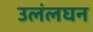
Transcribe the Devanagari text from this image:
उलंलघन